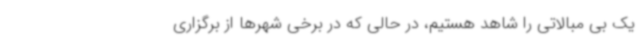
یک بی مبالاتی را شاهد هستیم، در حالی که در برخی شهرها از برگزاری